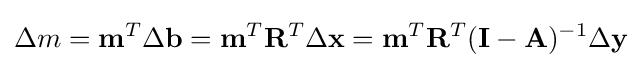
\Delta m=\mathbf {m} ^{T}\Delta \mathbf {b} =\mathbf {m} ^{T}\mathbf {R} ^{T}\Delta \mathbf {x} =\mathbf {m} ^{T}\mathbf {R} ^{T}(\mathbf {I-A} )^{-1}\Delta \mathbf {y}